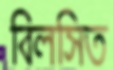
বিলসিত